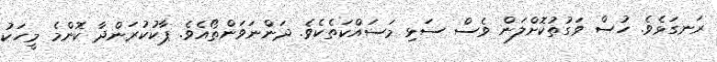
ރަނގަޅެވެ. ހުސް ވަގުތުކޮށްލަން ވެސް ސަޅި މަސައްކަތެކެވެ. ދަންނަވަންތޯއެވެ. ޕާކުކުރަންދާ ކޮންމެ މީހަކު